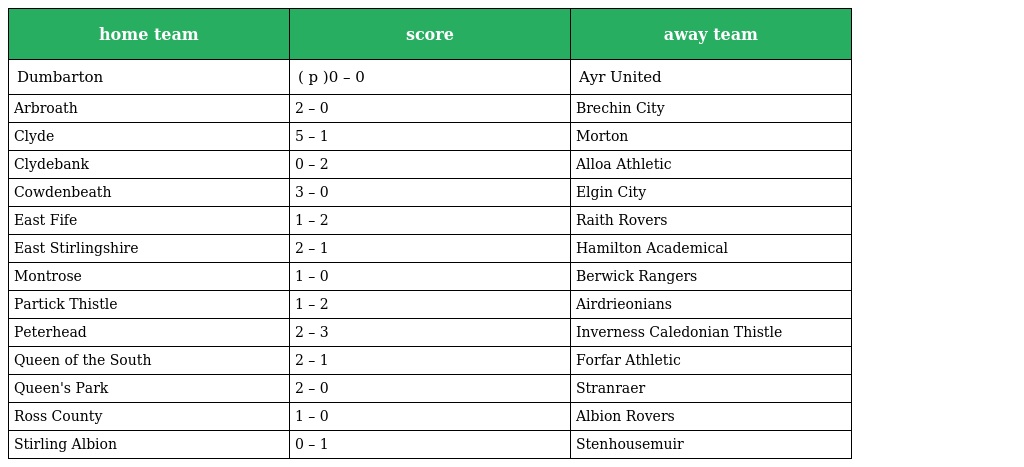
| home team | score | away team |
 | --- | --- | --- |
 | Dumbarton | ( p )0 – 0 | Ayr United |
 | Arbroath | 2 – 0 | Brechin City |
 | Clyde | 5 – 1 | Morton |
 | Clydebank | 0 – 2 | Alloa Athletic |
 | Cowdenbeath | 3 – 0 | Elgin City |
 | East Fife | 1 – 2 | Raith Rovers |
 | East Stirlingshire | 2 – 1 | Hamilton Academical |
 | Montrose | 1 – 0 | Berwick Rangers |
 | Partick Thistle | 1 – 2 | Airdrieonians |
 | Peterhead | 2 – 3 | Inverness Caledonian Thistle |
 | Queen of the South | 2 – 1 | Forfar Athletic |
 | Queen's Park | 2 – 0 | Stranraer |
 | Ross County | 1 – 0 | Albion Rovers |
 | Stirling Albion | 0 – 1 | Stenhousemuir |